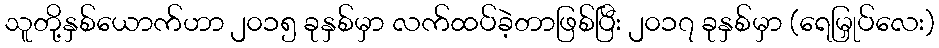
သူတို့နှစ်ယောက်ဟာ ၂၀၁၅ ခုနှစ်မှာ လက်ထပ်ခဲ့တာဖြစ်ပြီး ၂၀၁၇ ခုနှစ်မှာ (ရေမြှုပ်လေး)